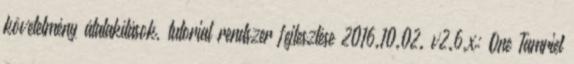
követelmény átalakítások, tutorial rendszer fejlesztése 2016.10.02. v2.6.x: One Tamriel